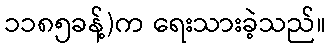
၁၁၈၅ခန့်)က ရေးသားခဲ့သည်။